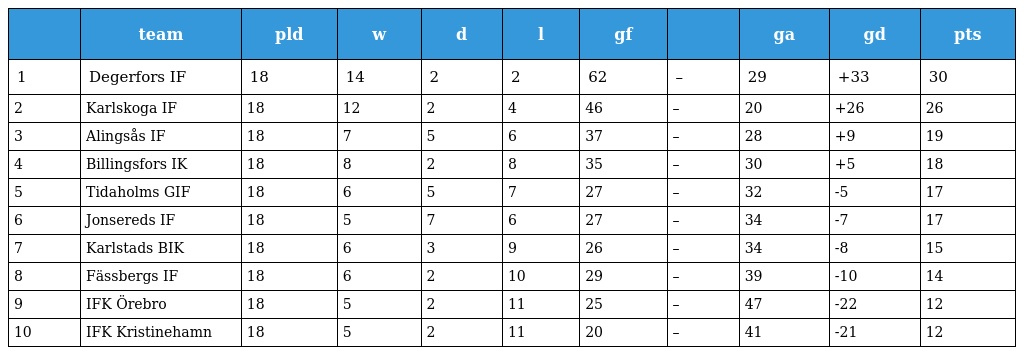
|  | team | pld | w | d | l | gf |  | ga | gd | pts |
 | --- | --- | --- | --- | --- | --- | --- | --- | --- | --- | --- |
 | 1 | Degerfors IF | 18 | 14 | 2 | 2 | 62 | – | 29 | +33 | 30 |
 | 2 | Karlskoga IF | 18 | 12 | 2 | 4 | 46 | – | 20 | +26 | 26 |
 | 3 | Alingsås IF | 18 | 7 | 5 | 6 | 37 | – | 28 | +9 | 19 |
 | 4 | Billingsfors IK | 18 | 8 | 2 | 8 | 35 | – | 30 | +5 | 18 |
 | 5 | Tidaholms GIF | 18 | 6 | 5 | 7 | 27 | – | 32 | -5 | 17 |
 | 6 | Jonsereds IF | 18 | 5 | 7 | 6 | 27 | – | 34 | -7 | 17 |
 | 7 | Karlstads BIK | 18 | 6 | 3 | 9 | 26 | – | 34 | -8 | 15 |
 | 8 | Fässbergs IF | 18 | 6 | 2 | 10 | 29 | – | 39 | -10 | 14 |
 | 9 | IFK Örebro | 18 | 5 | 2 | 11 | 25 | – | 47 | -22 | 12 |
 | 10 | IFK Kristinehamn | 18 | 5 | 2 | 11 | 20 | – | 41 | -21 | 12 |